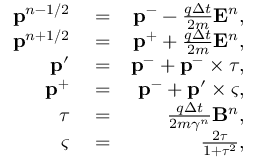
\begin{array} { r l r } { \mathbf { p } ^ { n - 1 / 2 } } & { { } = } & { \mathbf { p } ^ { - } - \frac { q \Delta t } { 2 m } \mathbf { E } ^ { n } , } \\ { \mathbf { p } ^ { n + 1 / 2 } } & { { } = } & { \mathbf { p } ^ { + } + \frac { q \Delta t } { 2 m } \mathbf { E } ^ { n } , } \\ { \mathbf { p } ^ { \prime } } & { { } = } & { \mathbf { p } ^ { - } + \mathbf { p } ^ { - } \times \boldsymbol { \tau } , } \\ { \mathbf { p } ^ { + } } & { { } = } & { \mathbf { p } ^ { - } + \mathbf { p } ^ { \prime } \times \boldsymbol { \varsigma } , } \\ { \boldsymbol { \tau } } & { { } = } & { \frac { q \Delta t } { 2 m \gamma ^ { n } } \mathbf { B } ^ { n } , } \\ { \boldsymbol { \varsigma } } & { { } = } & { \frac { 2 \boldsymbol { \tau } } { 1 + \boldsymbol { \tau } ^ { 2 } } , } \end{array}